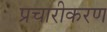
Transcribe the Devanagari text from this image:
प्रचारीकरण